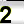
Digit: 2